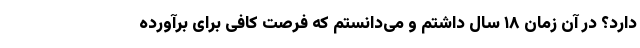
دارد؟ در آن زمان ۱۸ سال داشتم و می‌دانستم که فرصت کافی برای برآورده